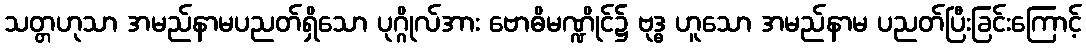
သတ္တဟုသာ အမည်နာမပညတ်ရှိသော ပုဂ္ဂိုလ်အား ဗောဓိမဏ္ဍိုင်၌ ဗုဒ္ဓ ဟူသော အမည်နာမ ပညတ်ပြီးခြင်းကြောင့်